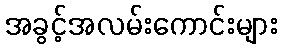
အခွင့်အလမ်းကောင်းများ